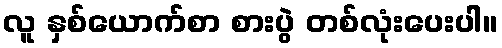
လူ နှစ်ယောက်စာ စားပွဲ တစ်လုံးပေးပါ။